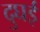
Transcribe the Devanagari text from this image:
दुघई